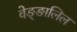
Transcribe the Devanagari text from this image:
वेङ्ङालिल